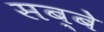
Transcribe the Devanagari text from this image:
सब्बे